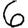
Digit: 6